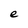
Character: e